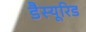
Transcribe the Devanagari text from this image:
डैस्यूरिड